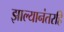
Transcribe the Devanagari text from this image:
झाल्यानंतरहि